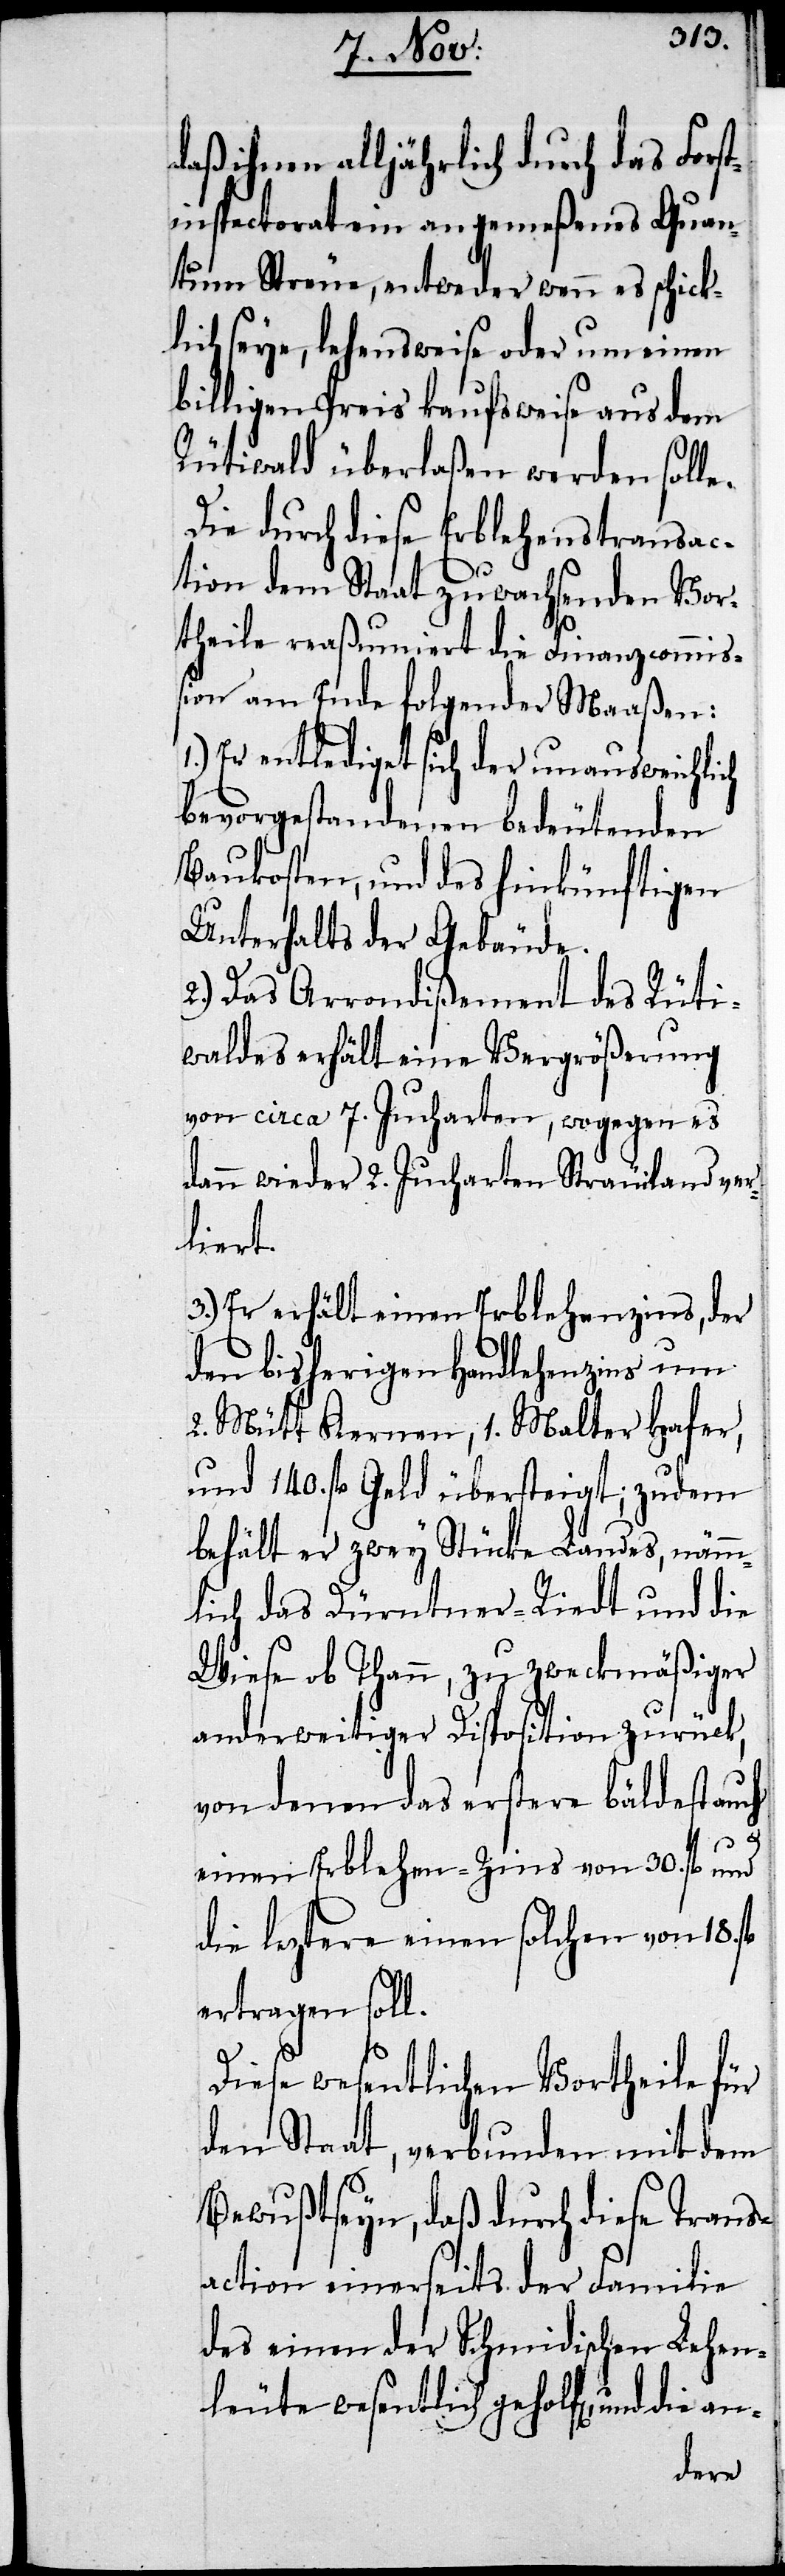
daß ihnen alljährlich durch das Fors¬
tinspectorat ein angemeßenes Quan¬
tum Streue, entweder wenn es schick¬
lich seye, lehensweise oder um einen
billigen Preis kaufsweise aus dem
Rütiwald überlaßen werden solle.
Die durch diese Erblehenstransac¬
tion dem Staat zuwachsenden Vor¬
theile reaßumiert die Finanzcommiß¬
ion am Ende folgender Maaßen:
1.) Er entlediget sich der unausweichlich
bevorstehenden bedeutenden
Baukosten, und des hinkünftigen
Unterhalts der Gebäude.
2.) Das Arrondißement des Rüti¬
waldes erhält eine Vergrößerung
von circa 7. Jucharten, wogegen es
dann wieder 2. Jucharten Sträuiland ver¬
liert.
3.) Er erhält einen Erblehenzins, der
den bisherigen Handlehenzins um
2. Mütt Kernen, 1. Malter Hafer,
und 140. fl. Geld übersteigt; zudem
behält er zwey Stücke Landes, nämm¬
lich das Dürntner-Riedt und die
Wiese ob Thann, zu zweckmäßiger
anderweitiger Disposition zurück,
von denen das erstere bäldest auch
einen Erblehen-Zins von 30. fl. und
die leztere einen solchen von 18.
ertragen soll.
Diese wesentlichen Vortheile für
den Staat, verbunden mit dem
Bewußtseyn, daß durch diese Trans¬
action einerseits der Familie
des einen der Schmidischen Lehen¬
leute wesentlich geholfen, und die an-